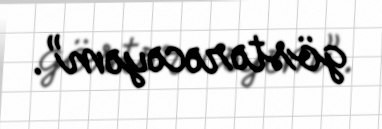
göstərəcəyəm”.